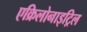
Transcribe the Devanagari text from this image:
एक्रिलोनाइट्रिल